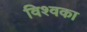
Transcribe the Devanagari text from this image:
विश्वका